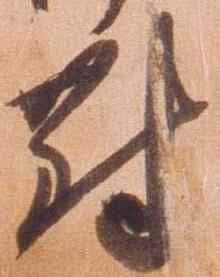
対